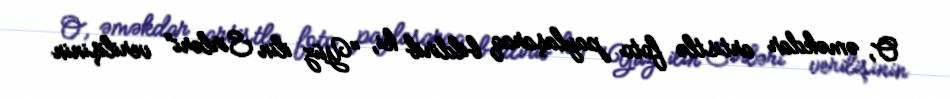
O, əməkdar artistlə foto paylaşaraq bildirib ki, "Yüz ilin Sirləri" verilişinin